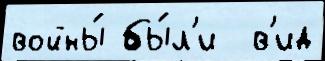
войны́ бы́л'и  в'ид